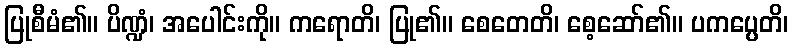
ပြုစီမံ၏။ ပိဏ္ဍံ၊ အပေါင်းကို။ ကရောတိ၊ ပြု၏။ စေတေတိ၊ စေ့ဆော်၏။ ပကပ္ပေတိ၊